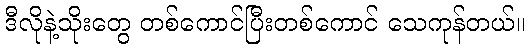
ဒီလိုနဲ့သိုးတွေ တစ်ကောင်ပြီးတစ်ကောင် သေကုန်တယ်။